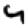
Digit: 4